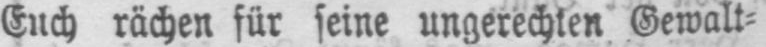
Euch rächen für seine ungerechten Gewalt⸗